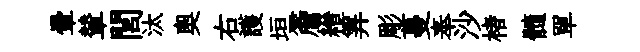
暈輦閭汰奥右護垣簷縉筭彫蔓奉沙楮髓單